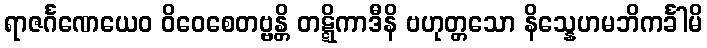
ရာဇင်္ဂဏေယေဝ ဝိဝေစေတဗ္ဗန္တိ တဋ္ဋိကာဒီနိ ဗဟုတ္တသော နိသ္နေဟမဘိကင်္ခါမိ